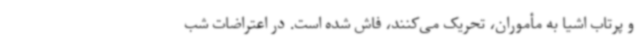
و پرتاب اشیا به مأموران، تحریک می‌کنند، فاش شده است. در اعتراضات شب